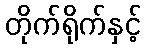
တိုက်ရိုက်နှင့်